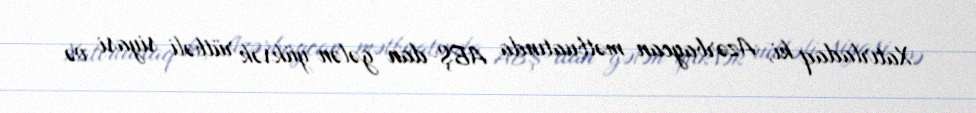
Xatırladaq ki, Azərbaycan mətbuatında ABŞ-dan gələn yüksək rütbəli siyasi və